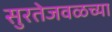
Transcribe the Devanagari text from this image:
सुरतेजवळच्या